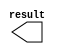
module lpm_constant_y1 (
	result);

	output	[9:0]  result;

endmodule